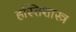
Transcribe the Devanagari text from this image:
हस्तिशास्त्र